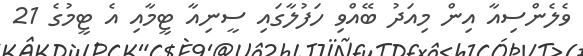
ވެލެންސިއާ އިން މިއަދު ބޭއްވި ހަފުލާގައި ސީނިއާ ޓީމާއި އެ ޓީމުގެ 21